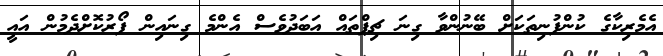
އެމެރިކާގެ ކުންފުނިތަކަށް ބޭނުންވާ ގިނަ ޗިޕްތައް އަބަދުވެސް އެންމެ ގިނައިން ފޯރުކޮށްދެމުން އައީ